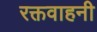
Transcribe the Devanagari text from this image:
रक्तवाहनी